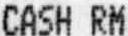
CASH RM